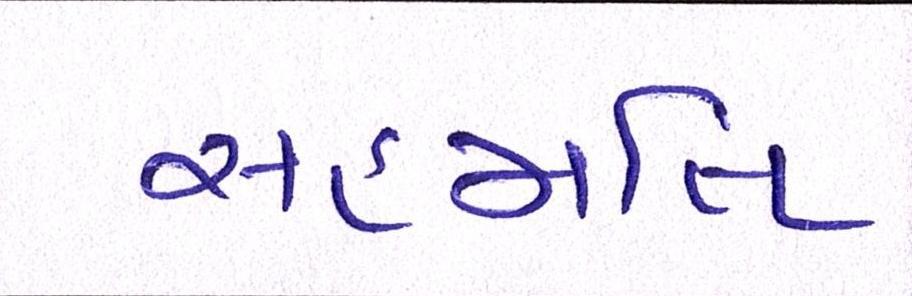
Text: સહમતિ